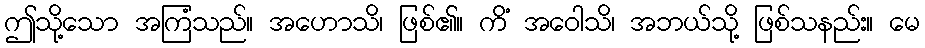
ဤသို့သော အကြံသည်။ အဟောသိ၊ ဖြစ်၏။ ကိံ အဝေါသိ၊ အဘယ်သို့ ဖြစ်သနည်း။ မေ